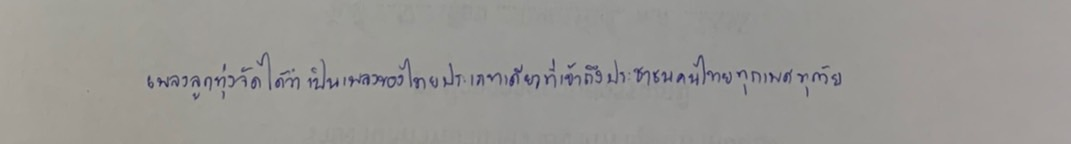
เพลงลูกทุ่งจัดได้ว่าเป็นเพลงของไทยประเภทเดียวที่เข้าถึงประชาชนคนไทยทุกเพศทุกวัย